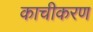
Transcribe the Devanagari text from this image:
काचीकरण